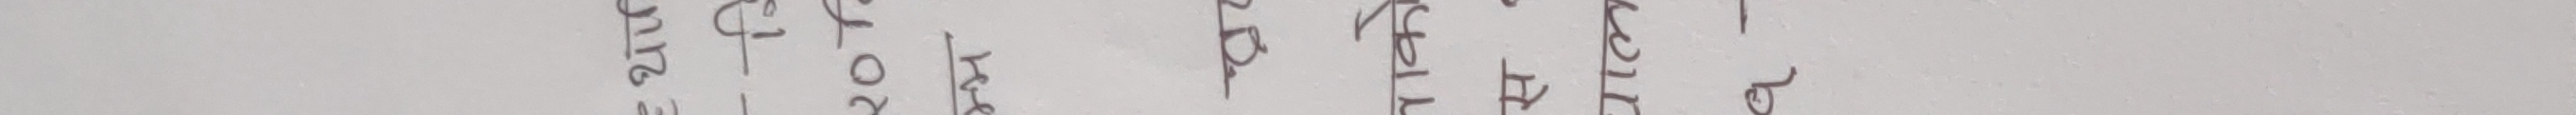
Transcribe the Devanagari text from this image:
१
२
३
४
५

२०
२५
३०
३५
४०

४
५
६
७
८

५०
५५
६०
६५
७०

६
७
८
९
१०

७५
८०
८५
९०
९५

११
१२
१३
१४
१५

१००
१०५
११०
११५
१२०